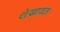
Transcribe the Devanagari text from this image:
शेख़ावत